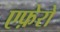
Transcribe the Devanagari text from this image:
एफ़ेरो